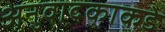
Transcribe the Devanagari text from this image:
अनुवादकाकडे